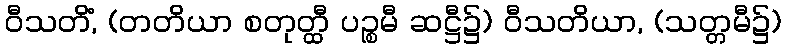
ဝီသတိံ, (တတိယာ စတုတ္ထီ ပဉ္စမီ ဆဋ္ဌီ၌) ဝီသတိယာ, (သတ္တမီ၌)